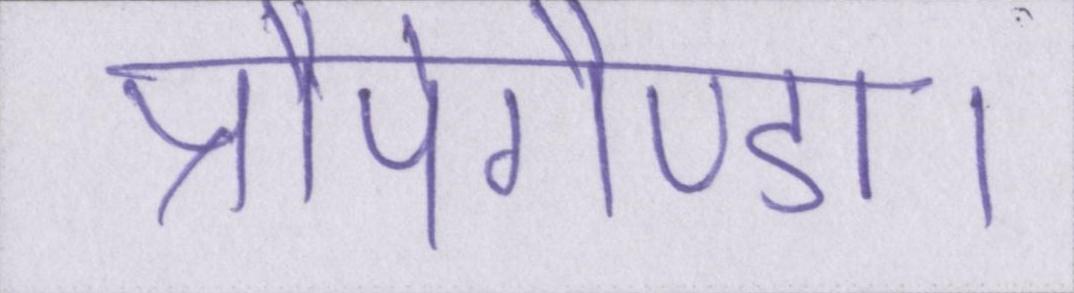
प्रौपेगैण्डा।